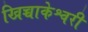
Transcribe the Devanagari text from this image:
खिच्चाकेश्वरी